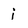
Character: j